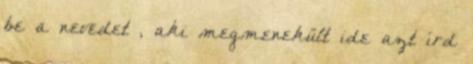
be a nevedet , aki megmenekült ide azt írd